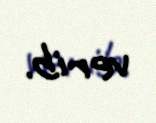
verib.